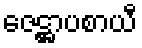
ဇေဋ္ဌာပစာယီ